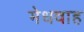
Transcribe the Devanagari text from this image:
मेधवाह